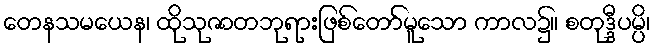
တေနသမယေန၊ ထိုသုဇာတဘုရားဖြစ်တော်မူသော ကာလ၌။ စတုဒ္ဒီပမ္ပိ၊